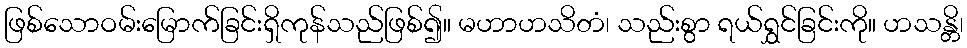
ဖြစ်သောဝမ်းမြောက်ခြင်းရှိကုန်သည်ဖြစ်၍။ မဟာဟသိတံ၊ သည်းစွာ ရယ်ရွှင်ခြင်းကို။ ဟသန္တိ၊